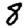
Digit: 8